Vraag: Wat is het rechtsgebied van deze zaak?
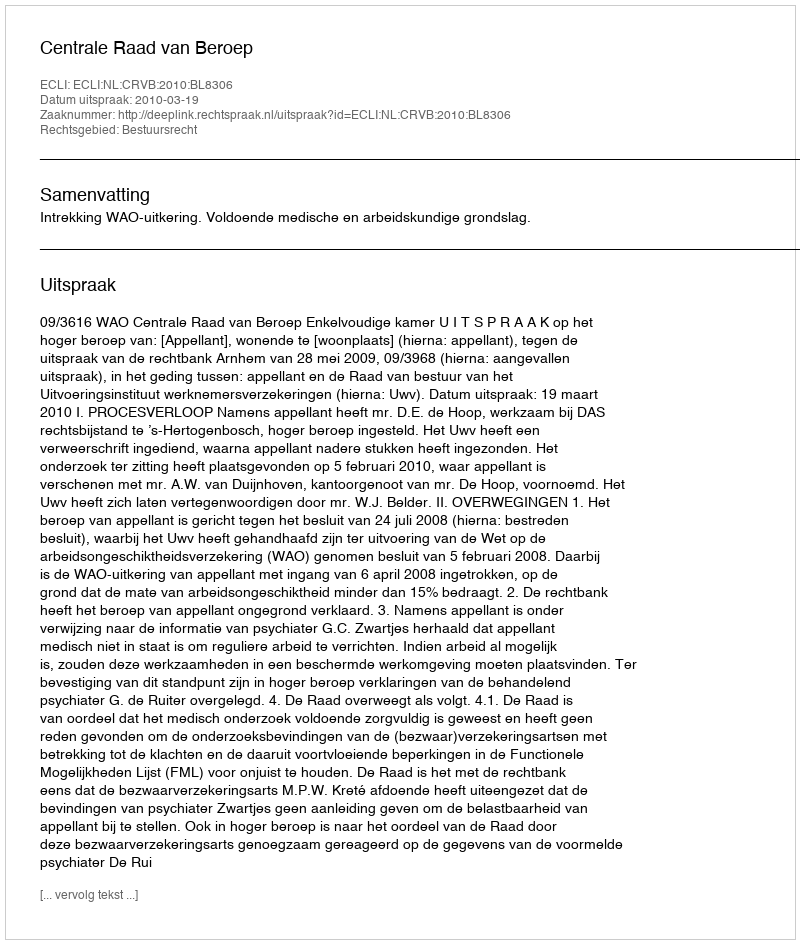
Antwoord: Bestuursrecht